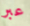
عبر